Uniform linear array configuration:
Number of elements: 4
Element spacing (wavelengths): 0.25
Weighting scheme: uniform
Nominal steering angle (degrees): -60
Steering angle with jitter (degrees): -61.093
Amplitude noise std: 0.05
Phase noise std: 0.05

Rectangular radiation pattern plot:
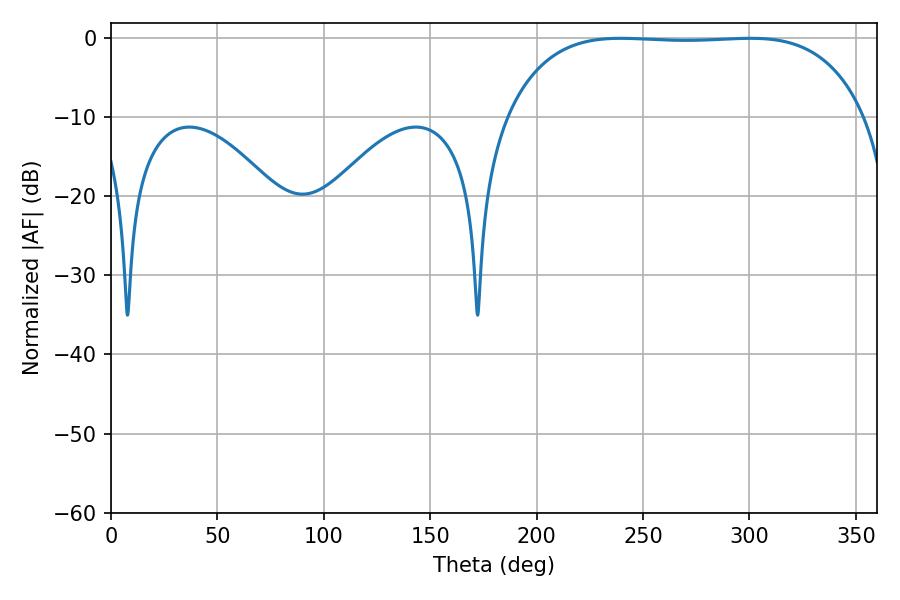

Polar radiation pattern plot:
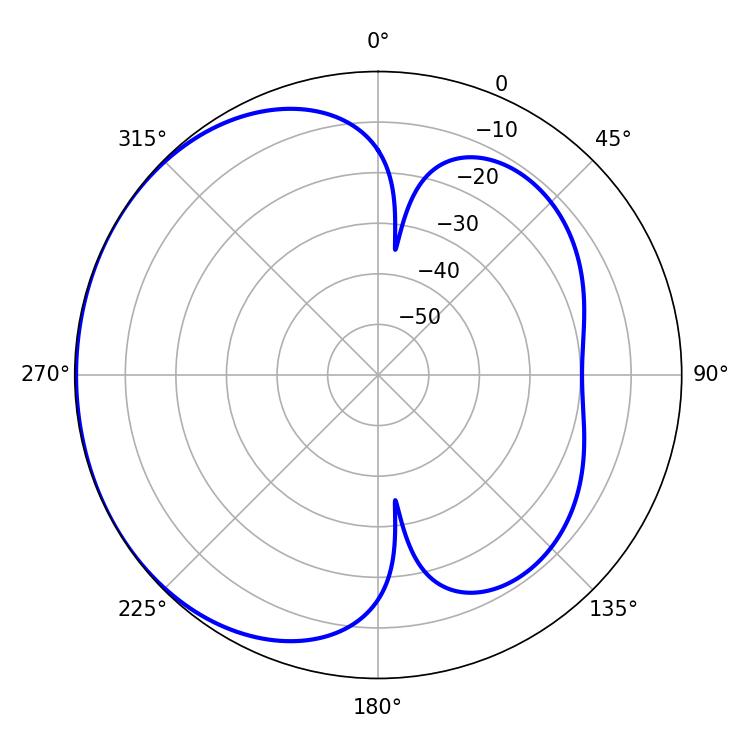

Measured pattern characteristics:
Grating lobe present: FALSE
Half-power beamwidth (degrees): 131.76
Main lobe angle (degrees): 239.58